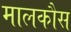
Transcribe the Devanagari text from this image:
मालकौस